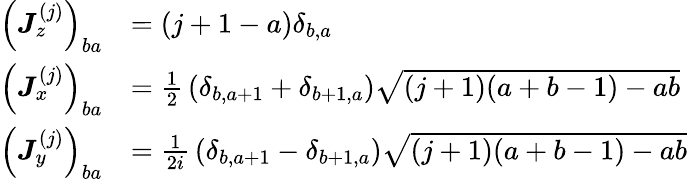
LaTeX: {\begin{array}{rl}{\left({\boldsymbol{J}}_{z}^{(j)}\right)_{ba}}&{=(j+1-a)\delta_{b,a}}\\ {\left({\boldsymbol{J}}_{x}^{(j)}\right)_{ba}}&{={\frac{1}{2}}\left(\delta_{b,a+1}+\delta_{b+1,a}\right){\sqrt{(j+1)(a+b-1)-ab}}}\\ {\left({\boldsymbol{J}}_{y}^{(j)}\right)_{ba}}&{={\frac{1}{2i}}\left(\delta_{b,a+1}-\delta_{b+1,a}\right){\sqrt{(j+1)(a+b-1)-ab}}}\end{array}}